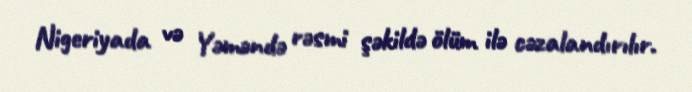
Nigeriyada və Yəməndə rəsmi şəkildə ölüm ilə cəzalandırılır.